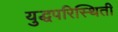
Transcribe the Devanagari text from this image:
युद्धपरिस्थिती